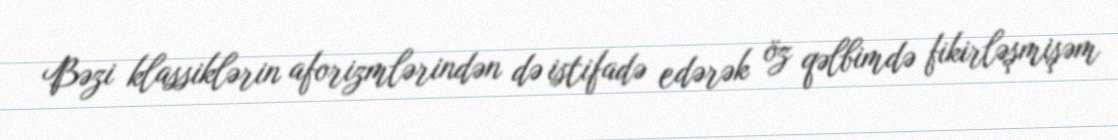
Bəzi klassiklərin aforizmlərindən də istifadə edərək öz qəlbimdə fikirləşmişəm